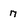
Character: n